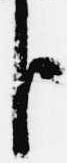
臣